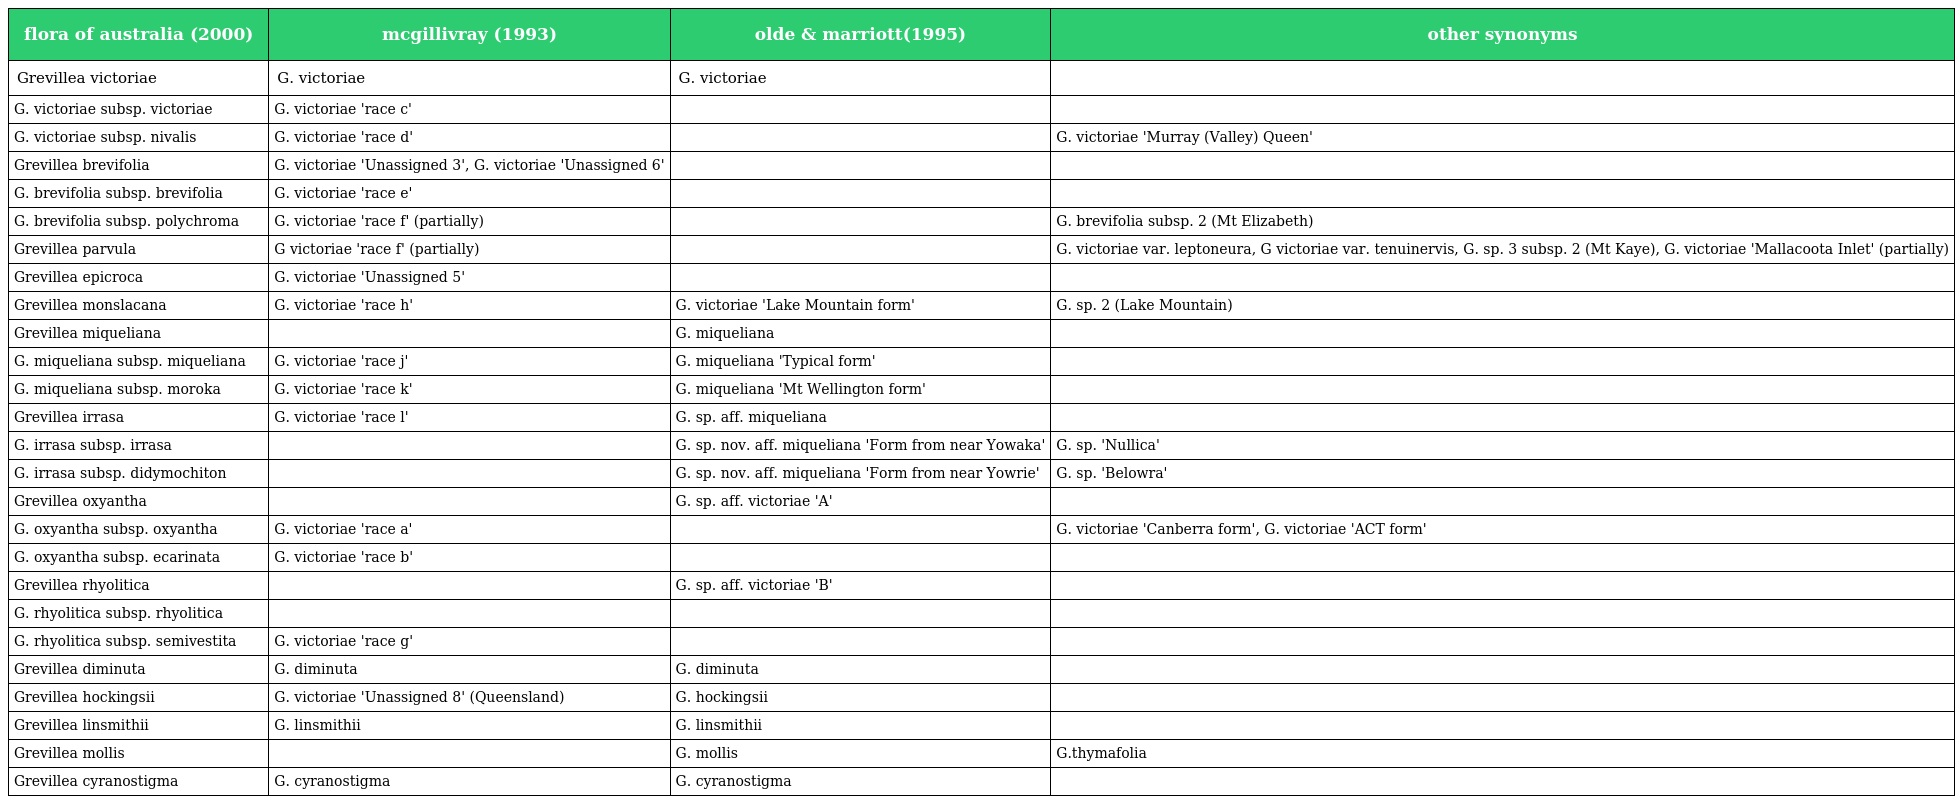
| flora of australia (2000) | mcgillivray (1993) | olde & marriott(1995) | other synonyms |
 | --- | --- | --- | --- |
 | Grevillea victoriae | G. victoriae | G. victoriae |  |
 | G. victoriae subsp. victoriae | G. victoriae 'race c' |  |  |
 | G. victoriae subsp. nivalis | G. victoriae 'race d' |  | G. victoriae 'Murray (Valley) Queen' |
 | Grevillea brevifolia | G. victoriae 'Unassigned 3', G. victoriae 'Unassigned 6' |  |  |
 | G. brevifolia subsp. brevifolia | G. victoriae 'race e' |  |  |
 | G. brevifolia subsp. polychroma | G. victoriae 'race f' (partially) |  | G. brevifolia subsp. 2 (Mt Elizabeth) |
 | Grevillea parvula | G victoriae 'race f' (partially) |  | G. victoriae var. leptoneura, G victoriae var. tenuinervis, G. sp. 3 subsp. 2 (Mt Kaye), G. victoriae 'Mallacoota Inlet' (partially) |
 | Grevillea epicroca | G. victoriae 'Unassigned 5' |  |  |
 | Grevillea monslacana | G. victoriae 'race h' | G. victoriae 'Lake Mountain form' | G. sp. 2 (Lake Mountain) |
 | Grevillea miqueliana |  | G. miqueliana |  |
 | G. miqueliana subsp. miqueliana | G. victoriae 'race j' | G. miqueliana 'Typical form' |  |
 | G. miqueliana subsp. moroka | G. victoriae 'race k' | G. miqueliana 'Mt Wellington form' |  |
 | Grevillea irrasa | G. victoriae 'race l' | G. sp. aff. miqueliana |  |
 | G. irrasa subsp. irrasa |  | G. sp. nov. aff. miqueliana 'Form from near Yowaka' | G. sp. 'Nullica' |
 | G. irrasa subsp. didymochiton |  | G. sp. nov. aff. miqueliana 'Form from near Yowrie' | G. sp. 'Belowra' |
 | Grevillea oxyantha |  | G. sp. aff. victoriae 'A' |  |
 | G. oxyantha subsp. oxyantha | G. victoriae 'race a' |  | G. victoriae 'Canberra form', G. victoriae 'ACT form' |
 | G. oxyantha subsp. ecarinata | G. victoriae 'race b' |  |  |
 | Grevillea rhyolitica |  | G. sp. aff. victoriae 'B' |  |
 | G. rhyolitica subsp. rhyolitica |  |  |  |
 | G. rhyolitica subsp. semivestita | G. victoriae 'race g' |  |  |
 | Grevillea diminuta | G. diminuta | G. diminuta |  |
 | Grevillea hockingsii | G. victoriae 'Unassigned 8' (Queensland) | G. hockingsii |  |
 | Grevillea linsmithii | G. linsmithii | G. linsmithii |  |
 | Grevillea mollis |  | G. mollis | G.thymafolia |
 | Grevillea cyranostigma | G. cyranostigma | G. cyranostigma |  |